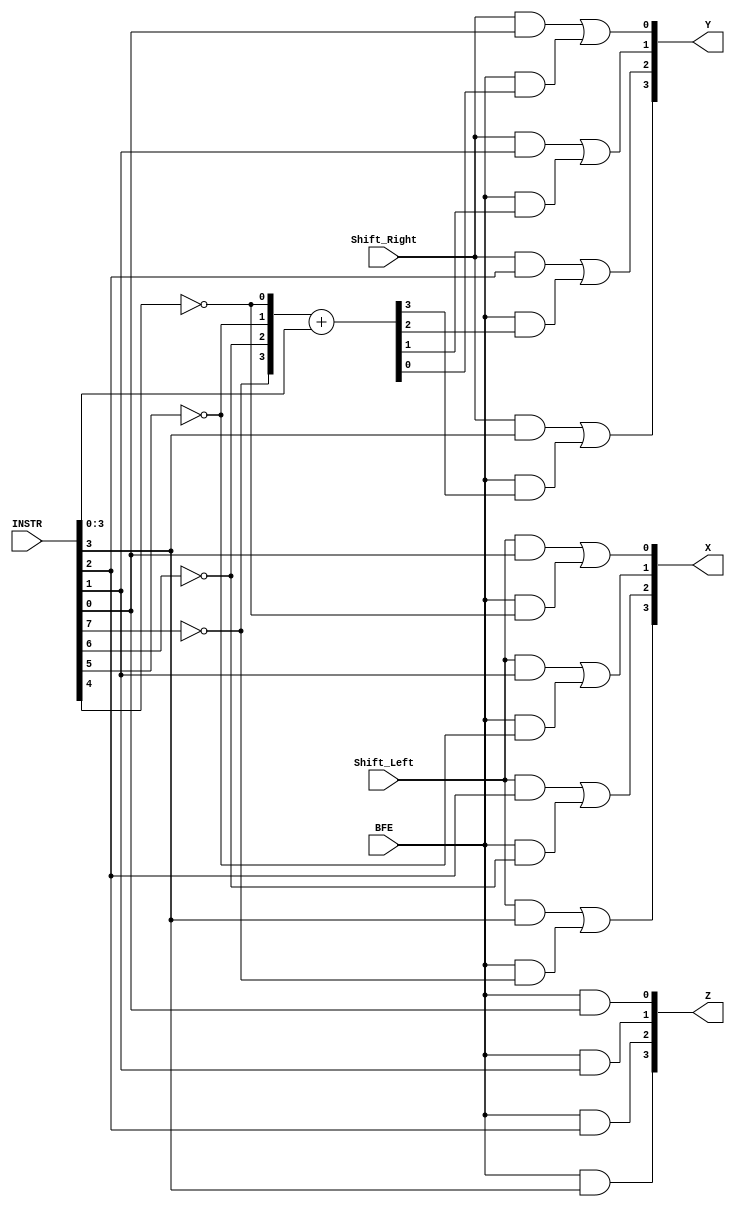
module ShiftDecoder(input Shift_Left, input Shift_Right, input BFE, input [11:4] INSTR, output [3:0] X, output [3:0] Y, output [3:0] Z);

assign X[3] = (Shift_Left&INSTR[7])|(BFE&!INSTR[11]);
assign X[2] = (Shift_Left&INSTR[6])|(BFE&!INSTR[10]);
assign X[1] = (Shift_Left&INSTR[5])|(BFE&!INSTR[9]);
assign X[0] = (Shift_Left&INSTR[4])|(BFE&!INSTR[8]);

wire [3:0] sum;
wire [3:0] A;
wire [3:0] B;

assign A[3] = !INSTR[11];
assign A[2] = !INSTR[10];
assign A[1] = !INSTR[9];
assign A[0] = !INSTR[8];

assign B[3] = INSTR[7];
assign B[2] = INSTR[6];
assign B[1] = INSTR[5];
assign B[0] = INSTR[4];

assign sum = A+B;

assign Y[3] = (Shift_Right&INSTR[7])|(BFE&sum[3]);
assign Y[2] = (Shift_Right&INSTR[6])|(BFE&sum[2]);
assign Y[1] = (Shift_Right&INSTR[5])|(BFE&sum[1]);
assign Y[0] = (Shift_Right&INSTR[4])|(BFE&sum[0]);

assign Z[3] = BFE&INSTR[7];
assign Z[2] = BFE&INSTR[6];
assign Z[1] = BFE&INSTR[5];
assign Z[0] = BFE&INSTR[4];



endmodule